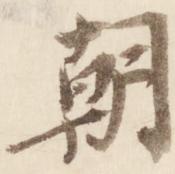
朝